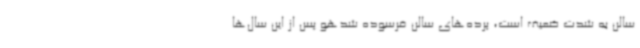
سالن به شدت ضعیف است، پرده‌های سالن فرسوده شدهو پس از این سال‌ها